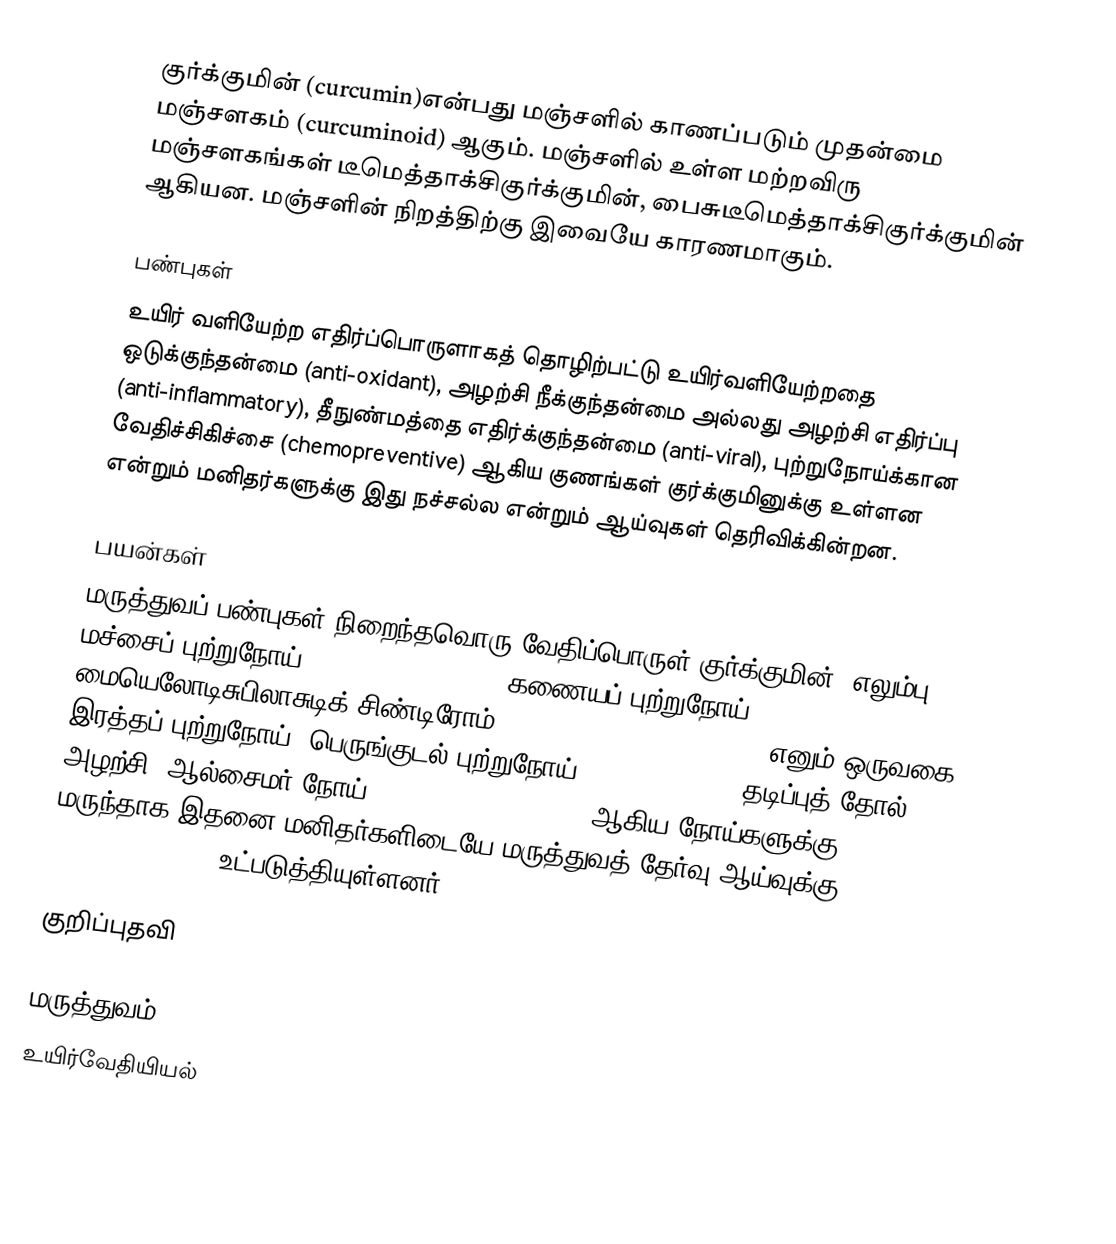
குர்க்குமின் (curcumin)என்பது மஞ்சளில் காணப்படும் முதன்மை மஞ்சளகம் (curcuminoid) ஆகும். மஞ்சளில் உள்ள மற்றவிரு மஞ்சளகங்கள் டீமெத்தாக்சிகுர்க்குமின், பைசுடீமெத்தாக்சிகுர்க்குமின் ஆகியன. மஞ்சளின் நிறத்திற்கு இவையே காரணமாகும்.

பண்புகள்
உயிர் வளியேற்ற எதிர்ப்பொருளாகத் தொழிற்பட்டு உயிர்வளியேற்றதை ஒடுக்குந்தன்மை (anti-oxidant), அழற்சி நீக்குந்தன்மை அல்லது அழற்சி எதிர்ப்பு (anti-inflammatory), தீநுண்மத்தை எதிர்க்குந்தன்மை (anti-viral), புற்றுநோய்க்கான வேதிச்சிகிச்சை (chemopreventive) ஆகிய குணங்கள் குர்க்குமினுக்கு உள்ளன என்றும் மனிதர்களுக்கு இது நச்சல்ல என்றும் ஆய்வுகள் தெரிவிக்கின்றன.

பயன்கள்
மருத்துவப் பண்புகள் நிறைந்தவொரு வேதிப்பொருள் குர்க்குமின். எலும்பு மச்சைப் புற்றுநோய் (multiple myeloma), கணையப் புற்றுநோய் (pancreatic cancer), மையெலோடிசுபிலாசுடிக் சிண்டிரோம் (myelodysplastic syndrome) எனும் ஒருவகை இரத்தப் புற்றுநோய், பெருங்குடல் புற்றுநோய் (colon cancer), தடிப்புத் தோல் அழற்சி, ஆல்சைமர் நோய் (Alzheimer's disease) ஆகிய நோய்களுக்கு மருந்தாக இதனை மனிதர்களிடையே மருத்துவத் தேர்வு/ஆய்வுக்கு - human clinical trial - உட்படுத்தியுள்ளனர்.

குறிப்புதவி

மருத்துவம்
உயிர்வேதியியல்